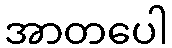
အာတပေါ